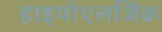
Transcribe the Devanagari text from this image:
हाइपोएलर्जिक